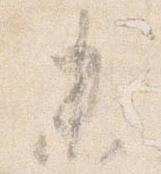
未